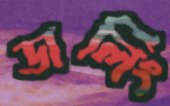
ডার্লিং